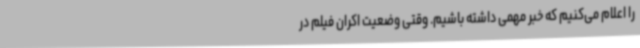
را اعلام می‌کنیم که خبر مهمی داشته باشیم. وقتی وضعیت اکران فیلم در